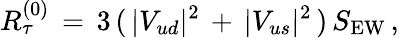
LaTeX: R_{\tau}^{(0)}\, =\, 3\, (\, |V_{ud}|^{2}\, +\, |V_{us}|^{2}\, )\, S_{\mathrm{{EW}}}\, ,